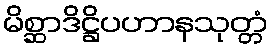
မိစ္ဆာဒိဋ္ဌိပဟာနသုတ္တံ